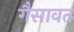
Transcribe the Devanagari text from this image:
गैसावत